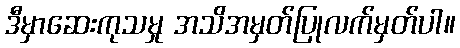
ဒီမှာဆေးကုသမှု အသိအမှတ်ပြုလက်မှတ်ပါ။